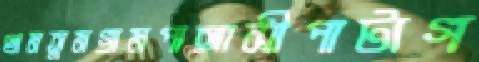
থামতুমগ্রামপাঙ্গাসীপাটাগ